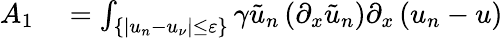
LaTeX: \begin{array}{rl}{A_{1}}&{{}=\int_{\{ |u_{n}-u_{\nu}|\leq\varepsilon\} }\gamma\tilde{u}_{n}\left(\partial_{x}\tilde{u}_{n}\right)\partial_{x}\left(u_{n}-u\right)}\end{array}